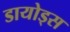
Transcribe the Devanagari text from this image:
डायोड्स